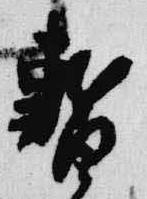
暫